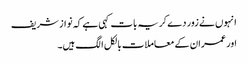
انہوں نے زور دے کر یہ بات کہی ہے کہ نواز شریف
اور عمران کے معاملات بالکل الگ ہیں۔